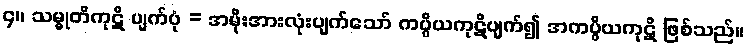
၄။ သမ္မုတိကုဋိ ပျက်ပုံ = အမိုးအားလုံးပျက်သော် ကပ္ပိယကုဋိပျက်၍ အကပ္ပိယကုဋိ ဖြစ်သည်။